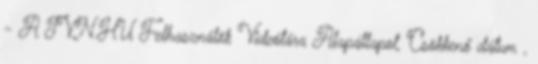
- A TVN.HU Felhasználók Videótára Alapállapot, Csökkenő dátum ,